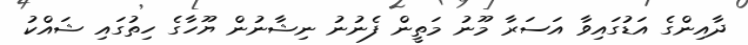
ދާއިންގެ އަޑުގައިވާ އަސަރާ މޫނު މަތީން ފެނުނު ނިޝާނުން ޔޫހާގެ ހިތުގައި ޝައްކު